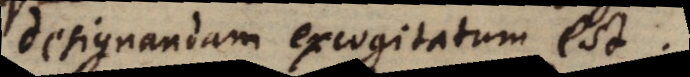
designandam excogitatum est.